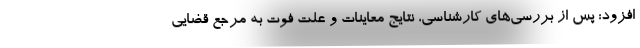
افزود: پس از بررسی‌های کارشناسی، نتایج معاینات و علت فوت به مرجع قضایی